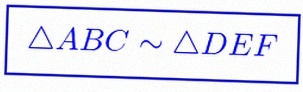
\triangle ABC\sim\triangle DEF